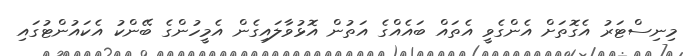
މިނިސްޓަރު އެގޮތަށް އެންގެވީ އެތައް ބައެއްގެ އަތުން އޮޅުވާލައިގެން އެމީހުންގެ ބޭންކު އެކައުންޓުގައި